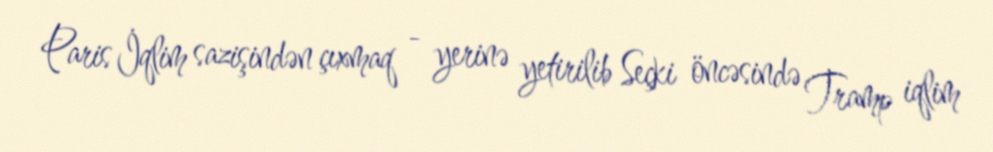
Paris İqlim sazişindən çıxmaq - yerinə yetirilib Seçki öncəsində Tramp iqlim